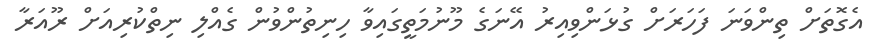
އެގޮތަށް ތިންވަނަ ފަހަރަށް ގުޅަންވިއިރު އޭނަގެ މޫނުމަތީގައިވާ ހިނިތުންވުން ގެއްލި ނިތްކުރިއަށް ރޫއަރާ